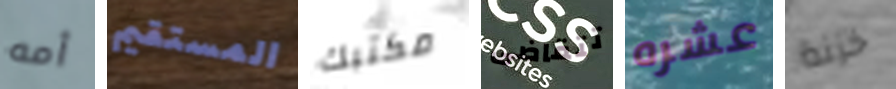
أمه المستقيم مكتبك تتقاضى عشره خزنة